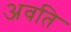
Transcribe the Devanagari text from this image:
अवति